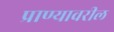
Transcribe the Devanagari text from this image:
प्राण्यावरील